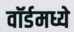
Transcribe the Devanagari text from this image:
वॉर्डमध्ये